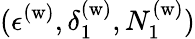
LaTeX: (\epsilon^{\mathrm{(w)}},\delta_{1}^{\mathrm{(w)}},N_{1}^{\mathrm{(w)}})